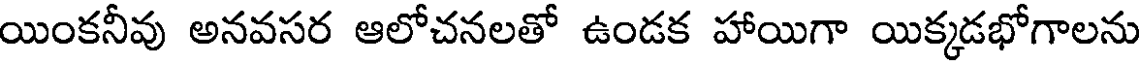
యింకనీవు అనవసర ఆలోచనలతో ఉండక హాయిగా యిక్కడభోగాలను